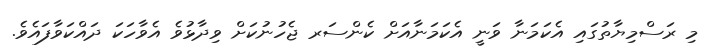
މި ރަސްމިޔާތުގައި އެކަމަނާ ވަނީ އެކަމަނާއަށް ކެންސަރ ޖެހުނުކަށް ވިދާޅުވެ އެވާހަކަ ދައްކަވާފައެވެ.